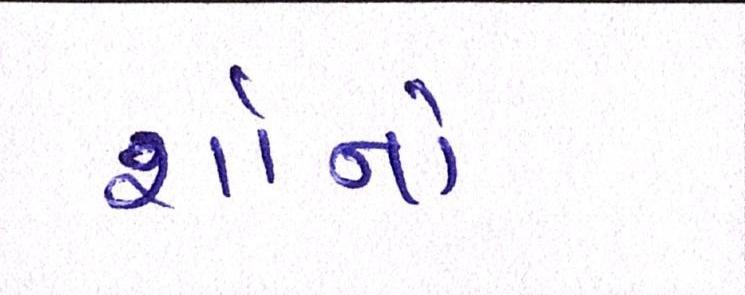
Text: શૉનો